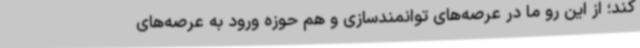
کند؛ از این رو ما در عرصه‌های توانمندسازی و هم حوزه ورود به عرصه‌های